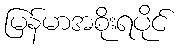
မြန်မာအစိုးရပိုင်